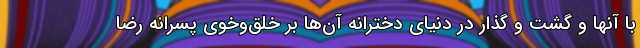
با آنها و گشت و گذار در دنیای دخترانه آن‌ها بر خلق‌وخوی پسرانه رضا